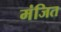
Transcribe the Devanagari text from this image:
मंजित